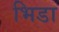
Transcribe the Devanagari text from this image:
भिडा